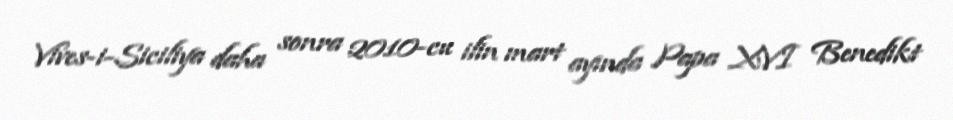
Vives-i-Siciliya daha sonra 2010-cu ilin mart ayında Papa XVI Benedikt